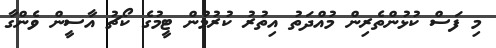
މި ފަސް ކުޅުންތެރިން މުއްދަތު އިތުރު ކުރުމުން ޓީމުގެ ކޯޗު އާސީން ވެންގާ